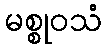
မစ္စုဝသံ